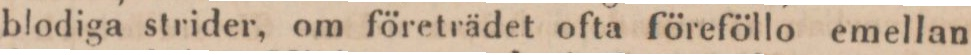
blodiga strider, om företrädet ofta föreföllo emellan